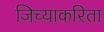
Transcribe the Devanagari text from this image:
जिच्याकरिता